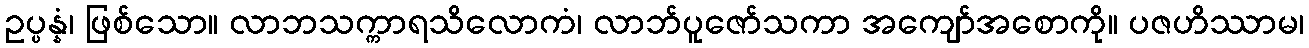
ဥပ္ပန္နံ၊ ဖြစ်သော။ လာဘသက္ကာရသိလောကံ၊ လာဘ်ပူဇော်သကာ အကျော်အစောကို။ ပဇဟိဿာမ၊